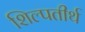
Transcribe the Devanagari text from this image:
शिल्पतीर्थ